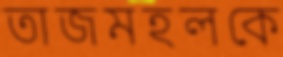
তাজমহলকে